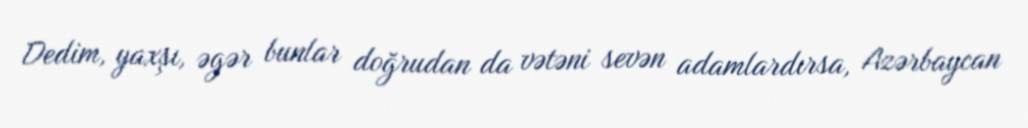
Dedim, yaxşı, əgər bunlar doğrudan da vətəni sevən adamlardırsa, Azərbaycan